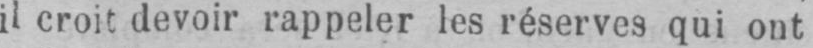
il croit devoir rappeler les réserves qui ont